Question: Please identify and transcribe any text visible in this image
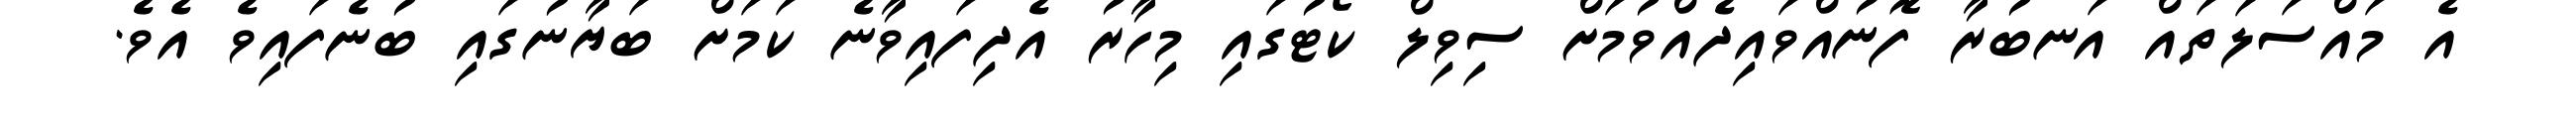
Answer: އެ މައްސަލަތައް އަނބުރާ ފޮނުއްވައިދެއްވުމަށް ސިވިލް ކޯޓުގައި މިހާރު އެދިފައިވާނެ ކަމަށް ބަޔާނުގައި ބުނެފައިވެ އެވެ.